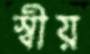
স্বীয়